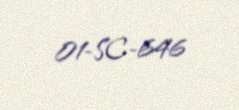
01-SC-646